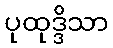
ပုထုဒ္ဒိသာ